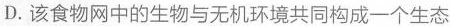
D.该食物网中的生物与无机环境共同构成一个生态